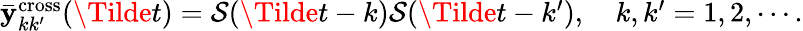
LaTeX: \begin{array}{r}{\bar{\mathbf{y}}_{kk^{\prime}}^{\mathrm{cross}}(\Tilde{t})=\mathcal{S}(\Tilde{t}-k)\mathcal{S}(\Tilde{t}-k^{\prime}),\quad k,k^{\prime}=1,2,\cdots.}\end{array}